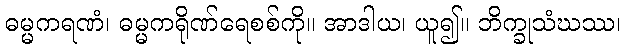
ဓမ္မကရဏံ၊ ဓမ္မကရိုဏ်ရေစစ်ကို။ အာဒါယ၊ ယူ၍။ ဘိက္ခုသံဃဿ၊